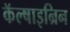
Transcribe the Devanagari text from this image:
कॅल्षाइन्रिन